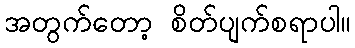
အတွက်တော့ စိတ်ပျက်စရာပါ။